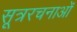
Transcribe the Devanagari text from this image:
सूत्ररचनाओं